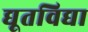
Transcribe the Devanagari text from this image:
द्यूतविद्या